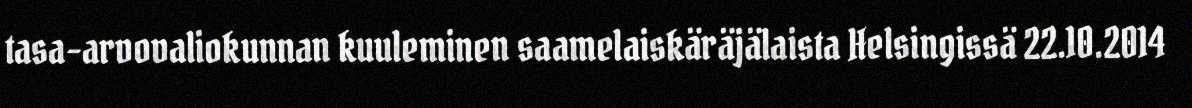
tasa-arvovaliokunnan kuuleminen saamelaiskäräjälaista Helsingissä 22.10.2014